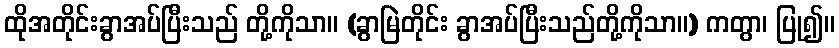
ထိုအတိုင်းခွာအပ်ပြီးသည် တို့ကိုသာ။ (ခွာမြဲတိုင်း ခွာအပ်ပြီးသည်တို့ကိုသာ။) ကတွာ၊ ပြု၍။